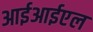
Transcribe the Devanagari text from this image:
आईआईएल